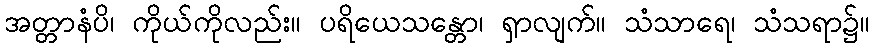
အတ္တာနံပိ၊ ကိုယ်ကိုလည်း။ ပရိယေသန္တော၊ ရှာလျက်။ သံသာရေ၊ သံသရာ၌။